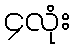
၄လုံး